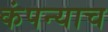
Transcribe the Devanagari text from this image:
कंपन्याच